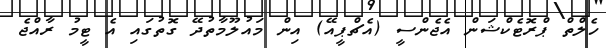
ހެލްތް ޕްރޮޓެކްޝަން އެޖެންސީ (އެޗްޕީއޭ) އިން މައުލޫމާތުދޭ ގޮތުގައި އެ ޓީމު ރާއްޖެ